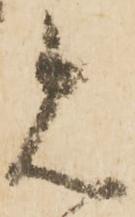
見